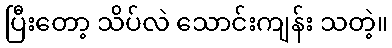
ပြီးတော့ သိပ်လဲ သောင်းကျန်း သတဲ့။